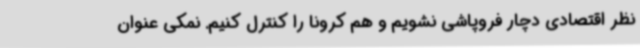
نظر اقتصادی دچار فروپاشی نشویم و هم کرونا را کنترل کنیم. نمکی عنوان